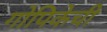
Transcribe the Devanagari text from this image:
गोपिकेची